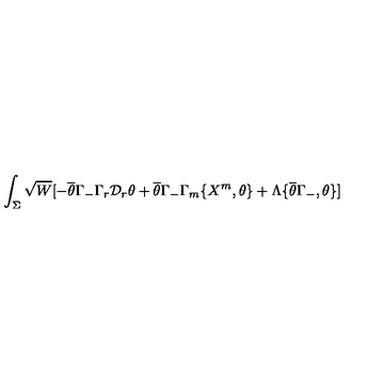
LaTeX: \int _ { \Sigma } \sqrt { W } [ - \overline { { \theta } } \Gamma _ { - } \Gamma _ { r } \mathcal { D } _ { r } \theta + \overline { { \theta } } \Gamma _ { - } \Gamma _ { m } \{ X ^ { m } , \theta \} + \Lambda \{ \overline { { \theta } } \Gamma _ { - } , \theta \} ]